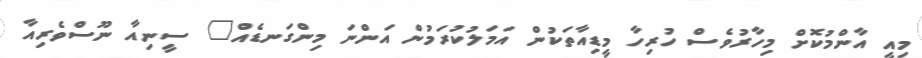
މިއީ އާންމުކޮށް މިހާރުވެސް ހުރިހާ މީޑިއާތަކުން އަމަލުކުރަމުން އަންނަ މިންގަނޑެއް" ސީނިއާ ނޫސްވެރިއާ